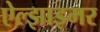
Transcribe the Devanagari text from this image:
ऐल्झाइमर